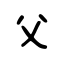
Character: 父